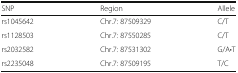
| SNP | Region | Allele |
 | --- | --- | --- |
 | rs1045642 | Chr.7: 87509329 | C/T |
 | rs1128503 | Chr.7: 87550285 | C/T |
 | rs2032582 | Chr.7: 87531302 | G/A•T |
 | rs2235048 | Chr.7: 87509195 | T/C |